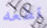
قطعه